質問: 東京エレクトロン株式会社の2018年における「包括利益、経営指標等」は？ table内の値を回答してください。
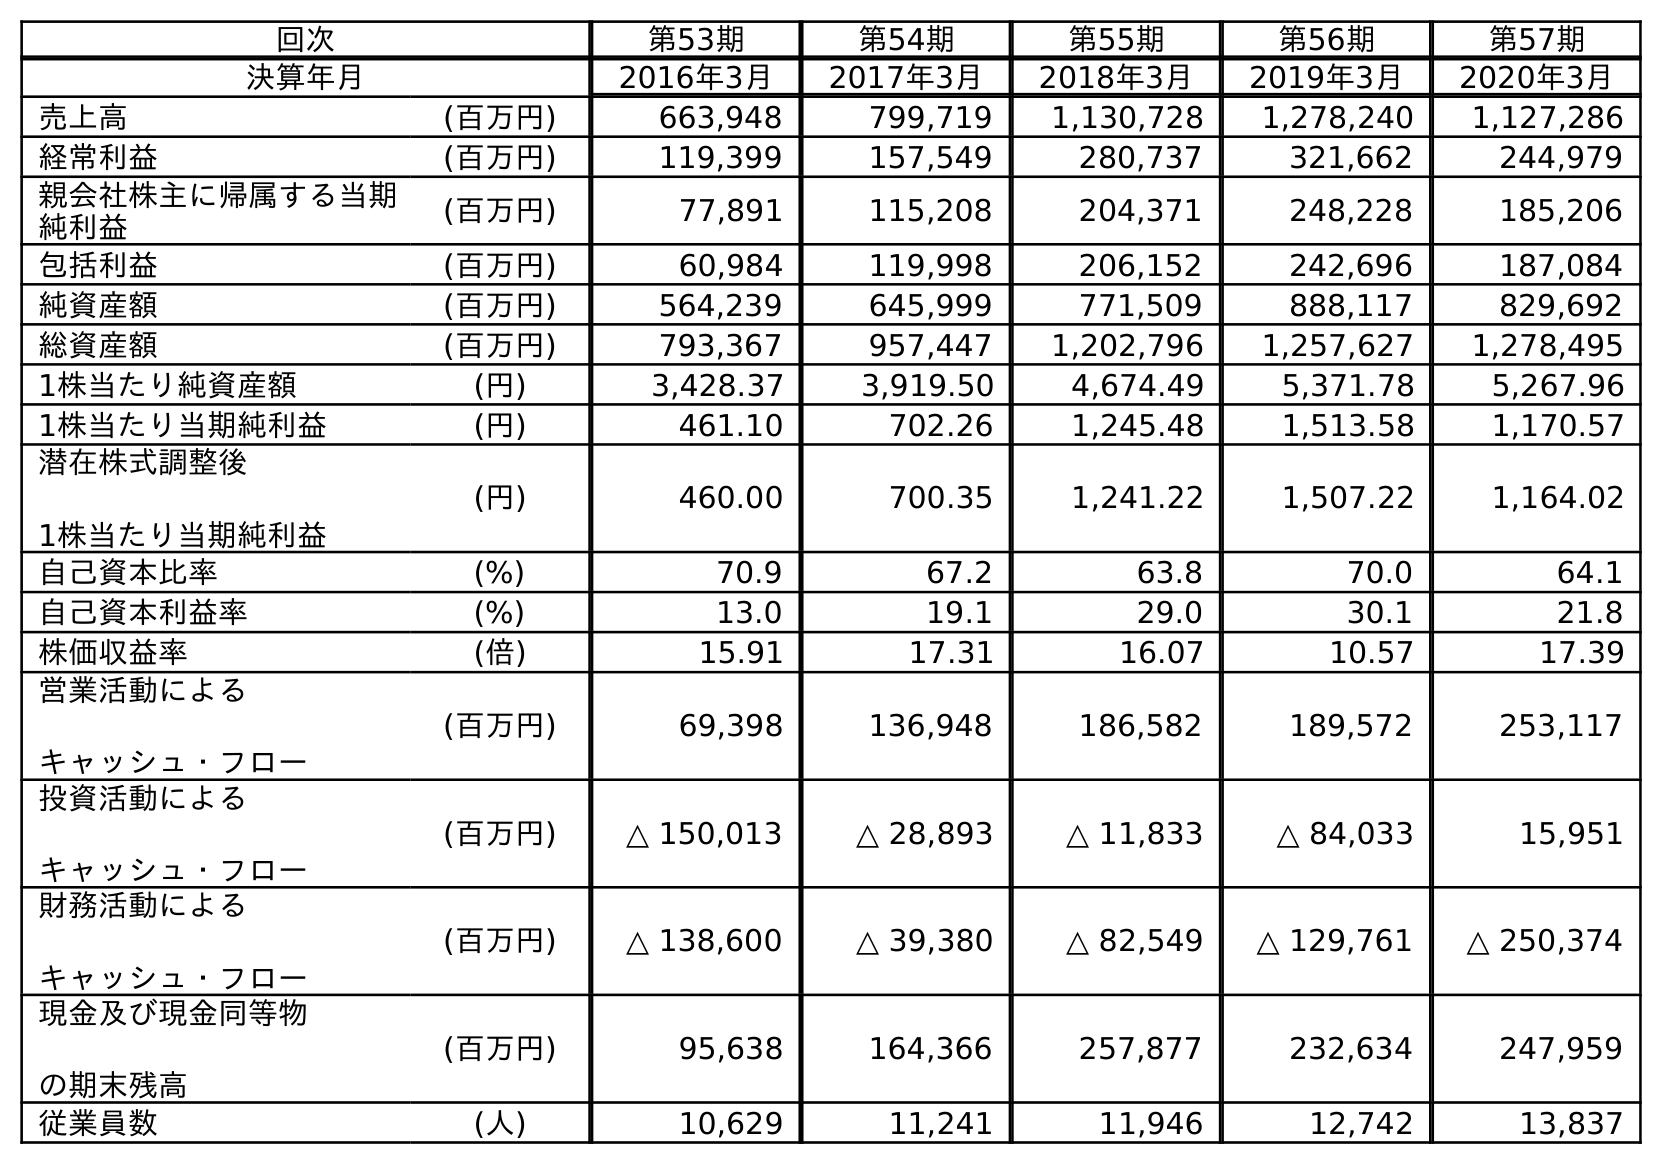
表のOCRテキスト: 回次 第53期 第54期 第55期 第56期 第57期 決算年月 2016年3月 2017年3月 2018年3月 2019年3月 2020年3月 売上高 (百万円) 663,948 799,719 1,130,728 1,278,240 1,127,286 経常利益 (百万円) 119,399 157,549 280,737 321,662 244,979 親会社株主に帰属する当期 純利益 (百万円) 77,891 115,208 204,371 248,228 185,206 包括利益 (百万円) 60,984 119,998 206,152 242,696 187,084 純資産額 (百万円) 564,239 645,999 771,509 888,117 829,692 総資産額 (百万円) 793,367 957,447 1,202,796 1,257,627 1,278,495 1株当たり純資産額 (円) 3,428.37 3,919.50 4,674.49 5,371.78 5,267.96 1株当たり当期純利益 (円) 461.10 702.26 1,245.48 1,513.58 1,170.57 潜在株式調整後 1株当たり当期純利益 (円) 460.00 700.35 1,241.22 1,507.22 1,164.02 自己資本比率 (%) 70.9 67.2 63.8 70.0 64.1 自己資本利益率 (%) 13.0 19.1 29.0 30.1 21.8 株価収益率 (倍) 15.91 17.31 16.07 10.57 17.39 営業活動による キャッシュ・フロー (百万円) 69,398 136,948 186,582 189,572 253,117 投資活動による キャッシュ・フロー (百万円) △ 150,013 △ 28,893 △ 11,833 △ 84,033 15,951 財務活動による キャッシュ・フロー (百万円) △ 138,600 △ 39,380 △ 82,549 △ 129,761 △ 250,374 現金及び現金同等物 の期末残高 (百万円) 95,638 164,366 257,877 232,634 247,959 従業員数 (人) 10,629 11,241 11,946 12,742 13,837
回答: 206,152